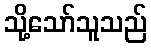
သို့သော်သူသည်